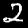
Label: 2